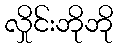
လှိုင်းဘိုဘို